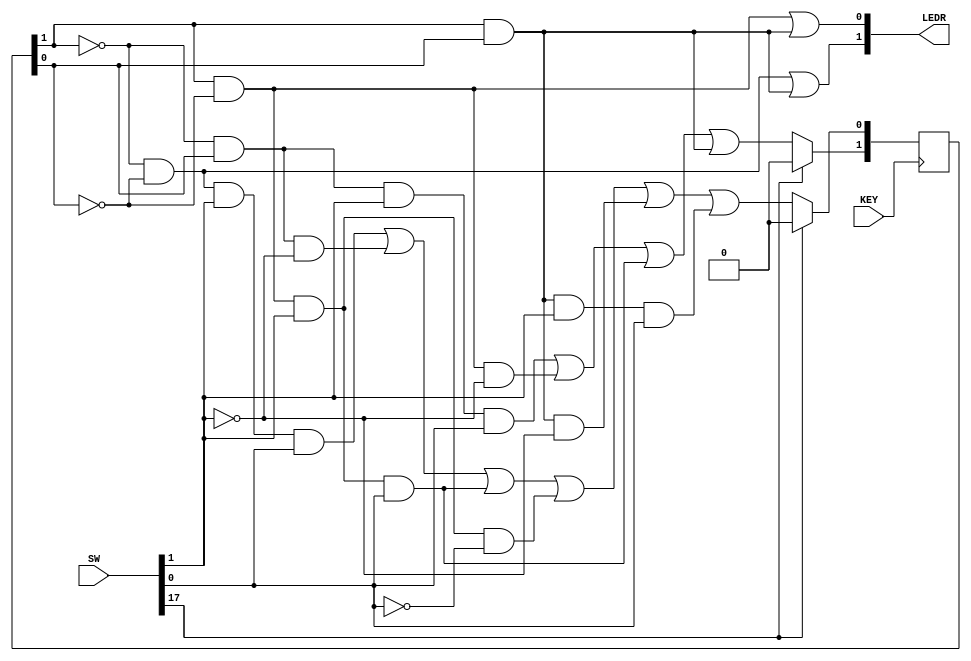

module UpDownCounterV1(KEY, SW, LEDR);
    input [17:0] SW; // only using 17, 1, 0
    input [0:0] KEY;
    output reg [1:0] LEDR;
    
    reg [1:0] state;
    reg [1:0] next_state;
    
    always @ (posedge ~KEY[0])
    begin
        next_state[1] <= SW[17] ? 0 : ((~state[1] & state[0] & SW[1] & SW[0]) | (state[1] & ~state[0] & ~SW[1]) 
                                    | (state[1] & ~state[0] & SW[1] & SW[0]) | (state[1] & state[0]));
        next_state[0] <= SW[17] ? 0 : ((~state[1] & ~state[0] & SW[1] & SW[0]) | (~state[1] & state[0] & ~SW[1]) 
                                    | (state[1] & ~state[0] & SW[1] & SW[0]) | (state[1] & ~state[0] & SW[1] & ~SW[0])
                                    | (state[1] & state[0] & ~SW[1]) | (state[1] & state[0] & SW[1] & SW[0]));
    end
    
    always @ *
    begin
        state = next_state;
        LEDR[0] = (state[1] & ~state[0]) | (state[1] & state[0]);
        LEDR[1] = (~state[1] & ~state[0]) | (state[1] & state[0]);
    end
    
endmodule